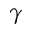
\gamma